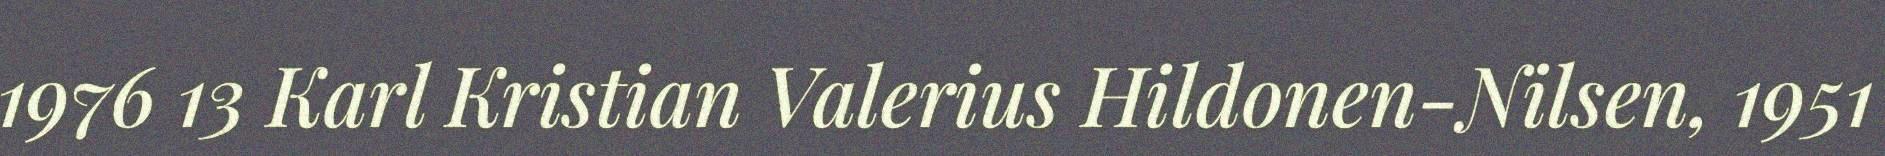
1976 13 Karl Kristian Valerius Hildonen-Nilsen, 1951